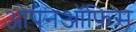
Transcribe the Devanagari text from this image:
ओपनऑफिस